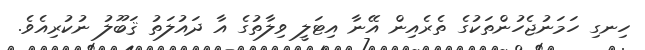
ހިނގި ހަމަނުޖެހުންތަކުގެ ތެރެއިން އޭނާ އިޓަލީ ވިލާތުގެ އާ ދައުލަތު ޤަބޫލު ނުކުރިއެވެ.